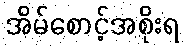
အိမ်စောင့်အစိုးရ